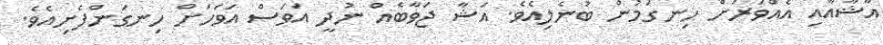
އާޝާއާއި އެއްވަރަށް ހިނގަމުން ބުނެލިއެވެ. އަޝާ ޖަވާބެއް ނުދީ އަވަސް އަވަހަށް ހިނގަންފެށިއެވެ.